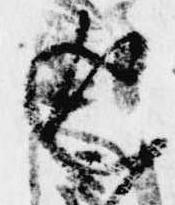
返